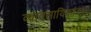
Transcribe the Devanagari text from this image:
व्यावसायिकांच्या